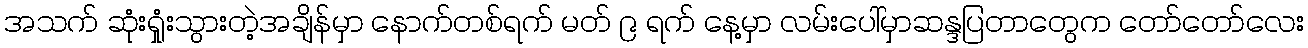
အသက် ဆုံးရှုံးသွားတဲ့အချိန်မှာ နောက်တစ်ရက် မတ် ၉ ရက် နေ့မှာ လမ်းပေါ်မှာဆန္ဒပြတာတွေက တော်တော်လေး